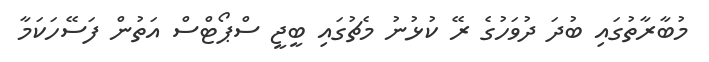
މުބާރާތުގައި ބުދަ ދުވަހުގެ ރޭ ކުޅުނު މެޗުގައި ބީޖީ ސްޕޯޓްސް އަތުން ފަސޭހަކަމާ